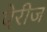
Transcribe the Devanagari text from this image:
ऐरीज